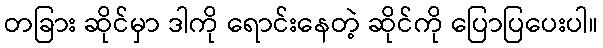
တခြား ဆိုင်မှာ ဒါကို ရောင်းနေတဲ့ ဆိုင်ကို ပြောပြပေးပါ။